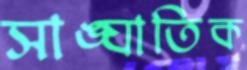
সাঙ্ঘাতিক